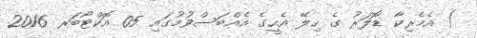
) އެމެރިކާ ޑޮލަރު ގެ ހިލޭ އެހީގެ އެއްބަސްވުމުގައި 05 އޮކްޓޯބަރ 2016